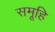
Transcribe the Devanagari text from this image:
समूहि